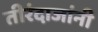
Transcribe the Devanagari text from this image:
तीरंदाजांनी